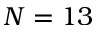
N = 1 3